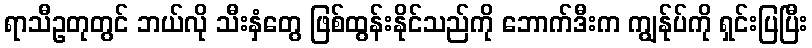
ရာသီဥတုတွင် ဘယ်လို သီးနှံတွေ ဖြစ်ထွန်းနိုင်သည်ကို ဘောက်ဒီးက ကျွန်ုပ်ကို ရှင်းပြပြီး